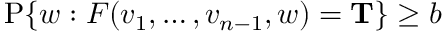
\operatorname { P } \{ w : F ( v _ { 1 } , \ldots , v _ { n - 1 } , w ) = \mathbf { T } \} \geq b